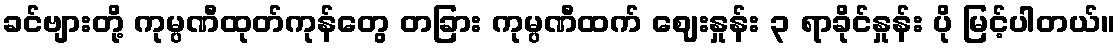
ခင်ဗျားတို့ ကုမ္ပဏီထုတ်ကုန်တွေ တခြား ကုမ္ပဏီထက် ဈေးနှုန်း ၃ ရာခိုင်နှုန်း ပို မြင့်ပါတယ်။